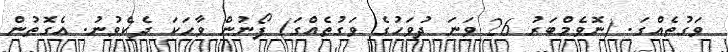
ވަގުތެއްގަ. (ނޮވެމްބަރު 26 ވަނަ ދުވަހުގެ ވަގުތެއްގަ) ފޯނުން ވާހަކަ ދެކެވުނު. އެގޮތުން